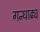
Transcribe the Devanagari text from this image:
गन्धाढ्य